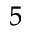
^ { 5 }